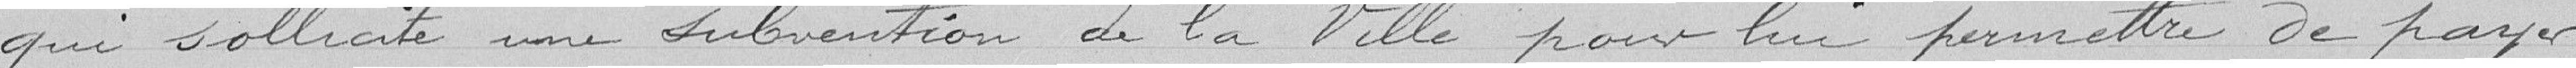
qui sollicite une subvention de la Ville pour lui permettre de payer